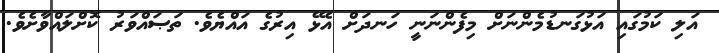
އަލި ކަމުގައި އަޅުގަނޑުމެންނަށް މިފެންނަނީ ހަނދަށް އެޅޭ އިރުގެ އައްޔެވެ. ތަޞައްވަރު ކޮށްލައްވާށެވެ.